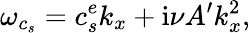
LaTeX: \omega_{c_{s}}=c_{s}^{e}k_{x}+\mathrm{i}\nu A{'}k_{x}^{2},